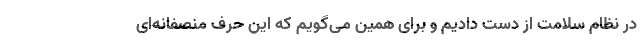
در نظام سلامت از دست دادیم و برای همین می‌گویم که این حرف منصفانه‌ای